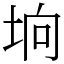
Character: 垧